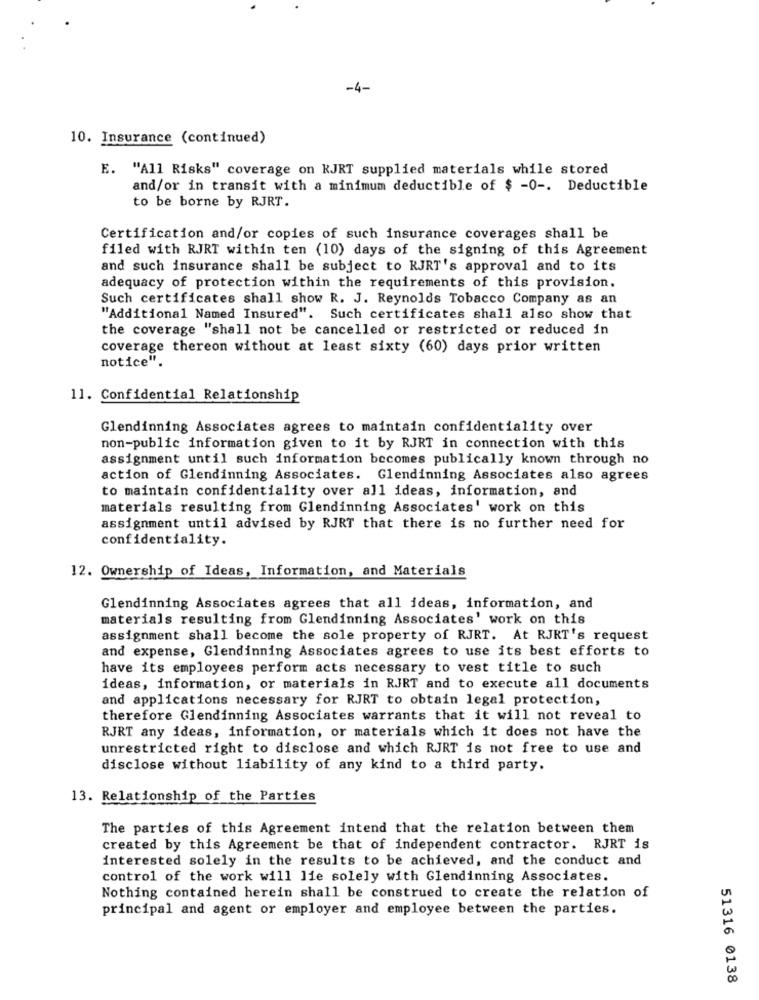
-4-
10. Insurance (continued)
E. "All Risks" coverage on KJRT supplied materials while stored
and/or in transit with a minimum deductible of $ -0 -. Deductible
to be borne by RJRT.
Certification and/or copies of such insurance coverages shall be
filed with RJRT within ten (10) days of the signing of this Agreement
and such insurance shall be subject to RJRT's approval and to its
adequacy of protection within the requirements of this provision.
Such certificates shall show R. J. Reynolds Tobacco Company as an
"Additional Named Insured". Such certificates shall also show that
the coverage "shall not be cancelled or restricted or reduced in
coverage thereon without at least sixty (60) days prior written
notice".
11. Confidential Relationship
Glendinning Associates agrees to maintain confidentiality over
non-public information given to it by RJRT in connection with this
assignment until such information becomes publically known through no
action of Glendinning Associates. Glendinning Associates also agrees
to maintain confidentiality over all ideas, information, and
materials resulting from Glendinning Associates' work on this
assignment until advised by RJRT that there is no further need for
confidentiality.
12. Ownership of Ideas, Information, and Materials
Glendinning Associates agrees that all ideas, information, and
materials resulting from Glendinning Associates' work on this
assignment shall become the sole property of RJRT. At RJRT's request
and expense, Glendinning Associates agrees to use its best efforts to
have its employees perform acts necessary to vest title to such
ideas, information, or materials in RJRT and to execute all documents
and applications necessary for RJRT to obtain legal protection,
therefore Glendinning Associates warrants that it will not reveal to
RJRT any ideas, information, or materials which it does not have the
unrestricted right to disclose and which RJRT is not free to use and
disclose without liability of any kind to a third party.
13. Relationship of the Parties
The parties of this Agreement intend that the relation between them
created by this Agreement be that of independent contractor. RJRT is
interested solely in the results to be achieved, and the conduct and
control of the work will lie solely with Glendinning Associates.
Nothing contained herein shall be construed to create the relation of
principal and agent or employer and employee between the parties.
51316 0138